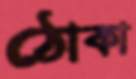
ঠোকা